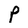
Character: P